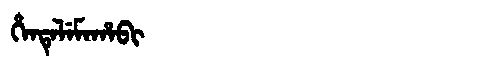
Manchu: ᡥᡝᠨᡨᡝᠯᡝᠮᠠᡥᠠᠪᡳ
Romanization: HENTELEMAHABI